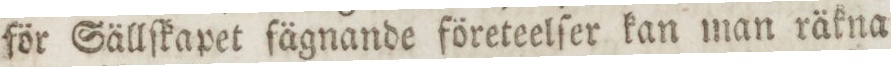
för Sällſkapet fägnande företeelſer kan man räkna